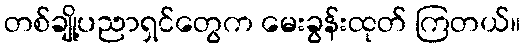
တစ်ချို့ပညာရှင်တွေက မေးခွန်းထုတ် ကြတယ်။